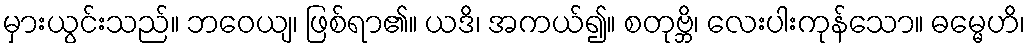
မှားယွင်းသည်။ ဘဝေယျ၊ ဖြစ်ရာ၏။ ယဒိ၊ အကယ်၍။ စတုဗ္ဘိ၊ လေးပါးကုန်သော။ ဓမ္မေဟိ၊